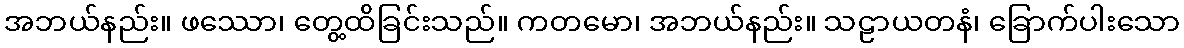
အဘယ်နည်း။ ဖဿော၊ တွေ့ထိခြင်းသည်။ ကတမော၊ အဘယ်နည်း။ သဠာယတနံ၊ ခြောက်ပါးသော